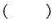
（）